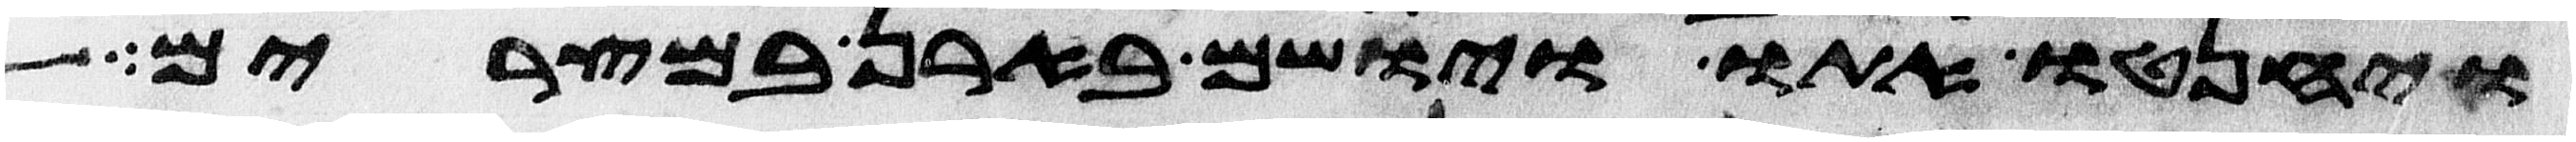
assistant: ויחנטו אתו ויושם בארן במצרים